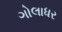
ગોલાધર